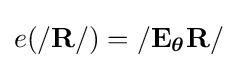
e(/\mathbf {R} /)=/\mathbf {E_{\boldsymbol {\theta }}R} /